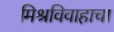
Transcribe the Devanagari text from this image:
मिश्रविवाहाचा